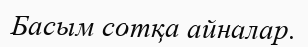
Басым сотқа айналар.